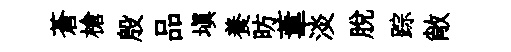
蒼槍殷品塡養昉葦淡脱踪敞